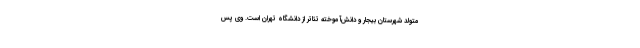
متولد شهرستان بیجار و دانش‌آموخته تئاتر از دانشگاه تهران است. وی پس